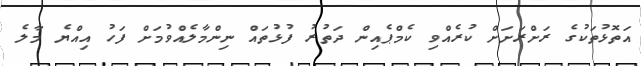
އަތޮޅުތަކުގެ ރަށްރަށަށް ކުރެއްވި ކެމްޕެއިން ދަތުރު ފުޅުތައް ނިންމާލެއްވުމަށް ފަހު އިއްޔެ މާލެ